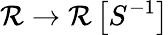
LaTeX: \mathcal{R}\to\mathcal{R}\left[S^{-1}\right]